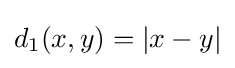
d_{1}(x,y)=|x-y|